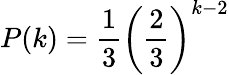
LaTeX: P(k)=\frac{1}{3}\left(\frac{2}{3}\right)^{k-2}